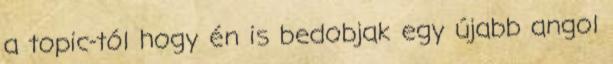
a topic-tól hogy én is bedobjak egy újabb angol